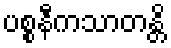
ပစ္စနီကသာတန္တိ